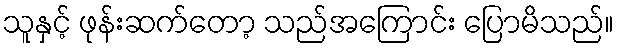
သူနှင့် ဖုန်းဆက်တော့ သည်အကြောင်း ပြောမိသည်။